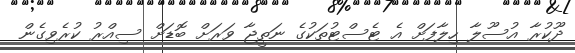
ދޫކުރާ އުސޫލާ ހިލާފަށް އެ ޓެސްޓުތަކުގެ ނަތީޖާ ވަރަށް ބޮޑަށް ސިއްރު ކުރެވިގެން